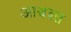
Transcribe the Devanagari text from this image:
आश्वश्त